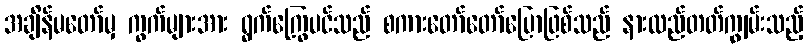
အချိန်မတော်မှ ကွက်များအား ရွက်ကြွေပင်သည် စကားတော်တော်ပြောဖြစ်သည် နားလည်တတ်ကျွမ်းသည့်